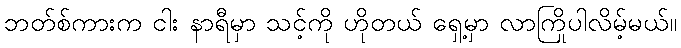
ဘတ်စ်ကားက ငါး နာရီမှာ သင့်ကို ဟိုတယ် ရှေ့မှာ လာကြိုပါလိမ့်မယ်။